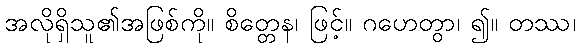
အလိုရှိသူ၏အဖြစ်ကို။ စိတ္တေန၊ ဖြင့်။ ဂဟေတွာ၊ ၍။ တဿ၊